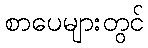
စာပေများတွင်